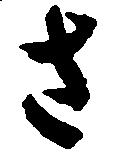
さ